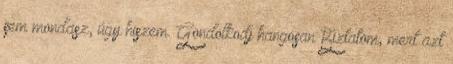
sem mondasz, úgy hiszem. Gondolkodj hangosan Biztatom, mert azt